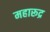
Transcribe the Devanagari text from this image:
महारूद्र